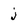
Character: j